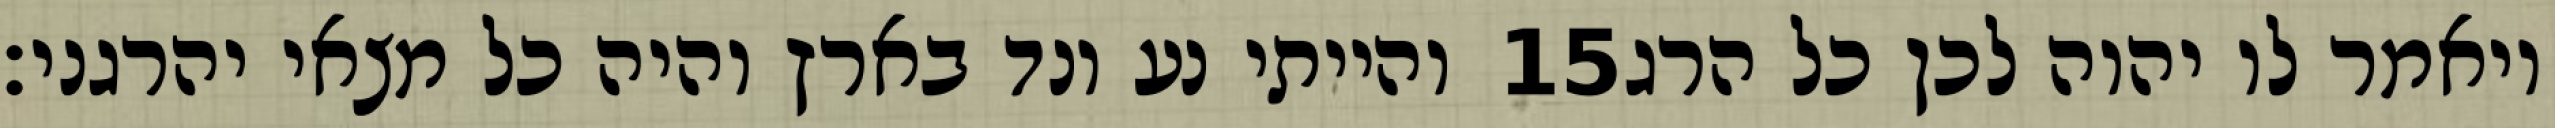
והייתי נע ונד בארץ והיה כל מצאי יהרגני׃ ‎15‏ ויאמר לו יהוה לכן כל הרג